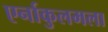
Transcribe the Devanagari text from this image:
एर्नाकुलमला